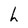
Character: h